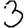
Digit: 3